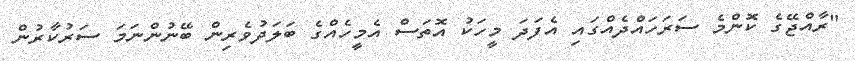
"ރާއްޖޭގެ ކޮންމެ ސަރަހައްދެއްގައި އެފަދަ މީހަކު އޮތަސް އެމީހެއްގެ ބަލަދުވެރިން ބޭނުންނަމަ ސަރުކާރުން